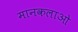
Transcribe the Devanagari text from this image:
मानकलाओ